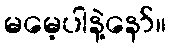
မမေ့ပါနဲ့နော်။